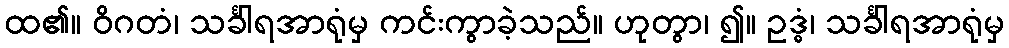
ထ၏။ ဝိဂတံ၊ သင်္ခါရအာရုံမှ ကင်းကွာခဲ့သည်။ ဟုတွာ၊ ၍။ ဥဒ္ဓံ၊ သင်္ခါရအာရုံမှ